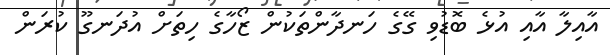
އާއިލާ އާއި އުޅެ ބޮޑުވި ގޭގެ ހަނދާންތަކުން ޒޯހާގެ ހިތަށް އުދަނގޫ ކުރަން